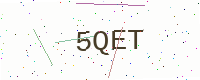
Text: 5QET